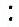
: